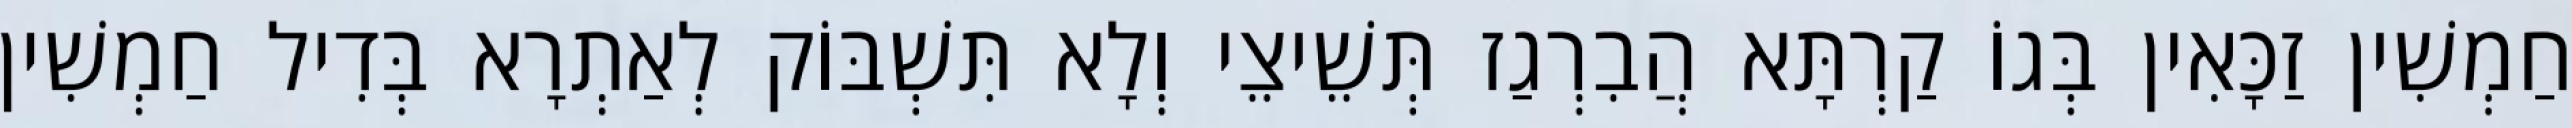
חַמְשִׁין זַכָּאִין בְּגוֹ קַרְתָּא הֲבִרְגַז תְּשֵׁיצֵי וְלָא תִּשְׁבּוֹק לְאַתְרָא בְּדִיל חַמְשִׁין